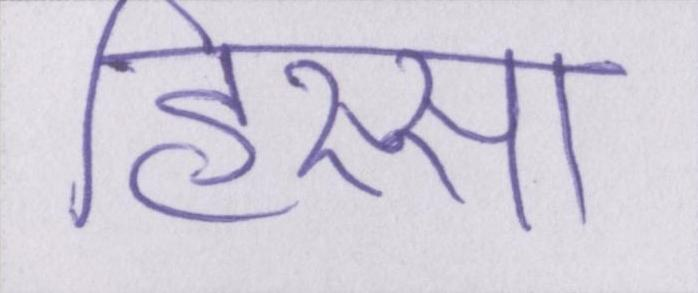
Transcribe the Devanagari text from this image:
हिस्सा